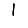
Digit: 1